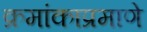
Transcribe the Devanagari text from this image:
क्रमांकाप्रमाणे